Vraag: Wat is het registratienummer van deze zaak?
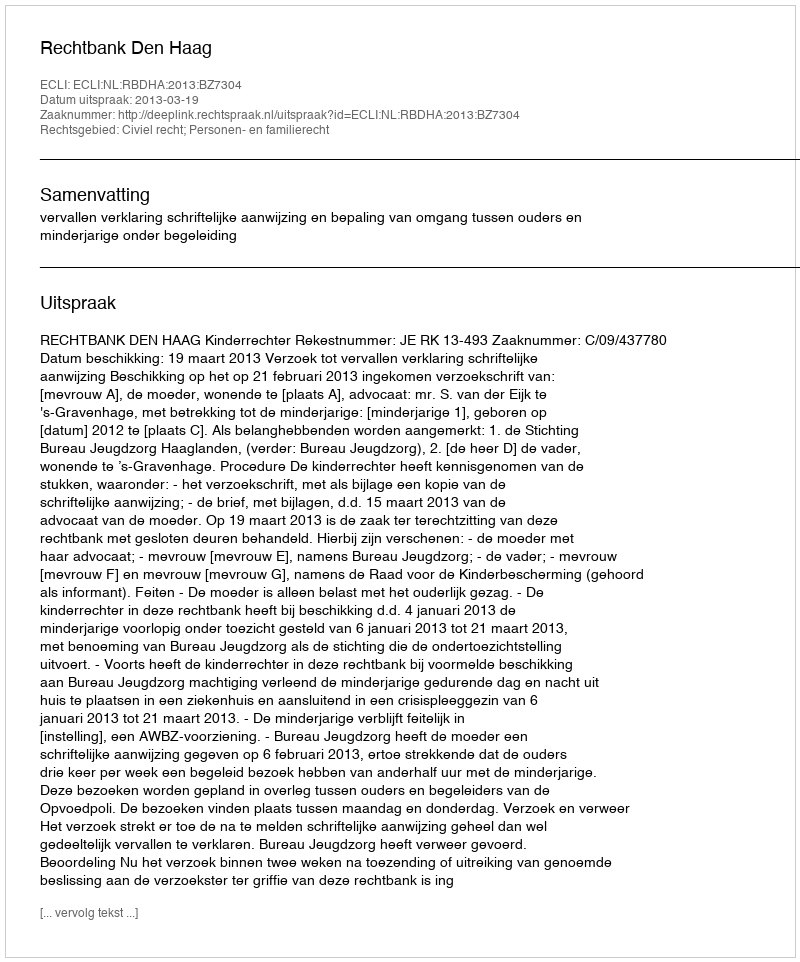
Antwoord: http://deeplink.rechtspraak.nl/uitspraak?id=ECLI:NL:RBDHA:2013:BZ7304